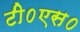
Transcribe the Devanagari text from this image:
टी०एस०